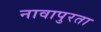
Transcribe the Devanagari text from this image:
नावापुरता